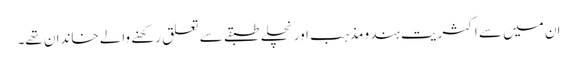
ان میں سے اکثریت ہندو مذہب اور نچلے طبقے سے تعلق رکھنے والے خاندان تھے۔